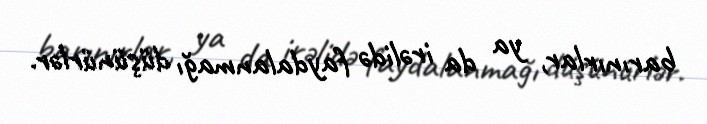
barınırlar, ya da irəlidə faydalanmağı düşünürlər.